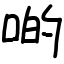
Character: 啲